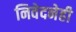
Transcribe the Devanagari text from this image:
निवेदनेही